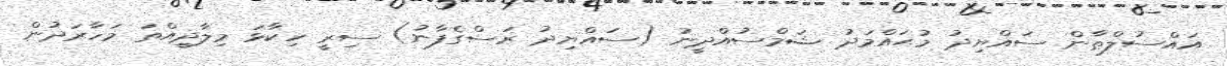
އައްސުލްޠާން ސައްޔިދު މުޙައްމަދު ޝަމްސުއްދީނު (ސައްޔިދު ރަސްގެފާނު) ސިރީ ހިކާޅަ މިލާދީއްތަ މަހާރަދުން